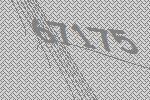
67175